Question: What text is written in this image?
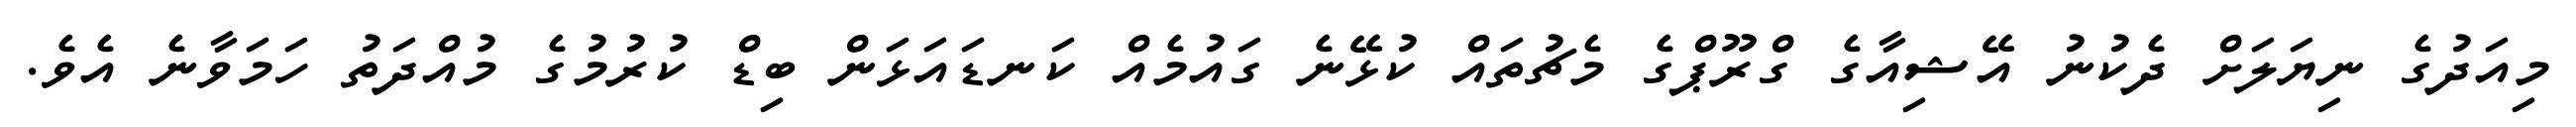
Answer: މިއަދުގެ ނިޔަލަށް ދެކުނު އޭޝިއާގެ ގްރޫޕްގެ މެޗުތައް ކުޅޭނެ ގައުމެއް ކަނޑައަޅަން ބިޑް ކުރުމުގެ މުއްދަތު ހަމަވާނެ އެވެ.